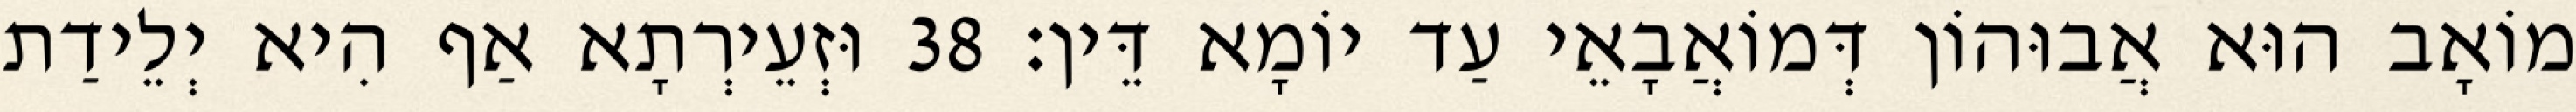
מוֹאָב הוּא אֲבוּהוֹן דְּמוֹאֲבָאֵי עַד יוֹמָא דֵּין׃ 38 וּזְעֵירְתָא אַף הִיא יְלֵידַת